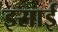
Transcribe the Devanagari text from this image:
इसार्इ